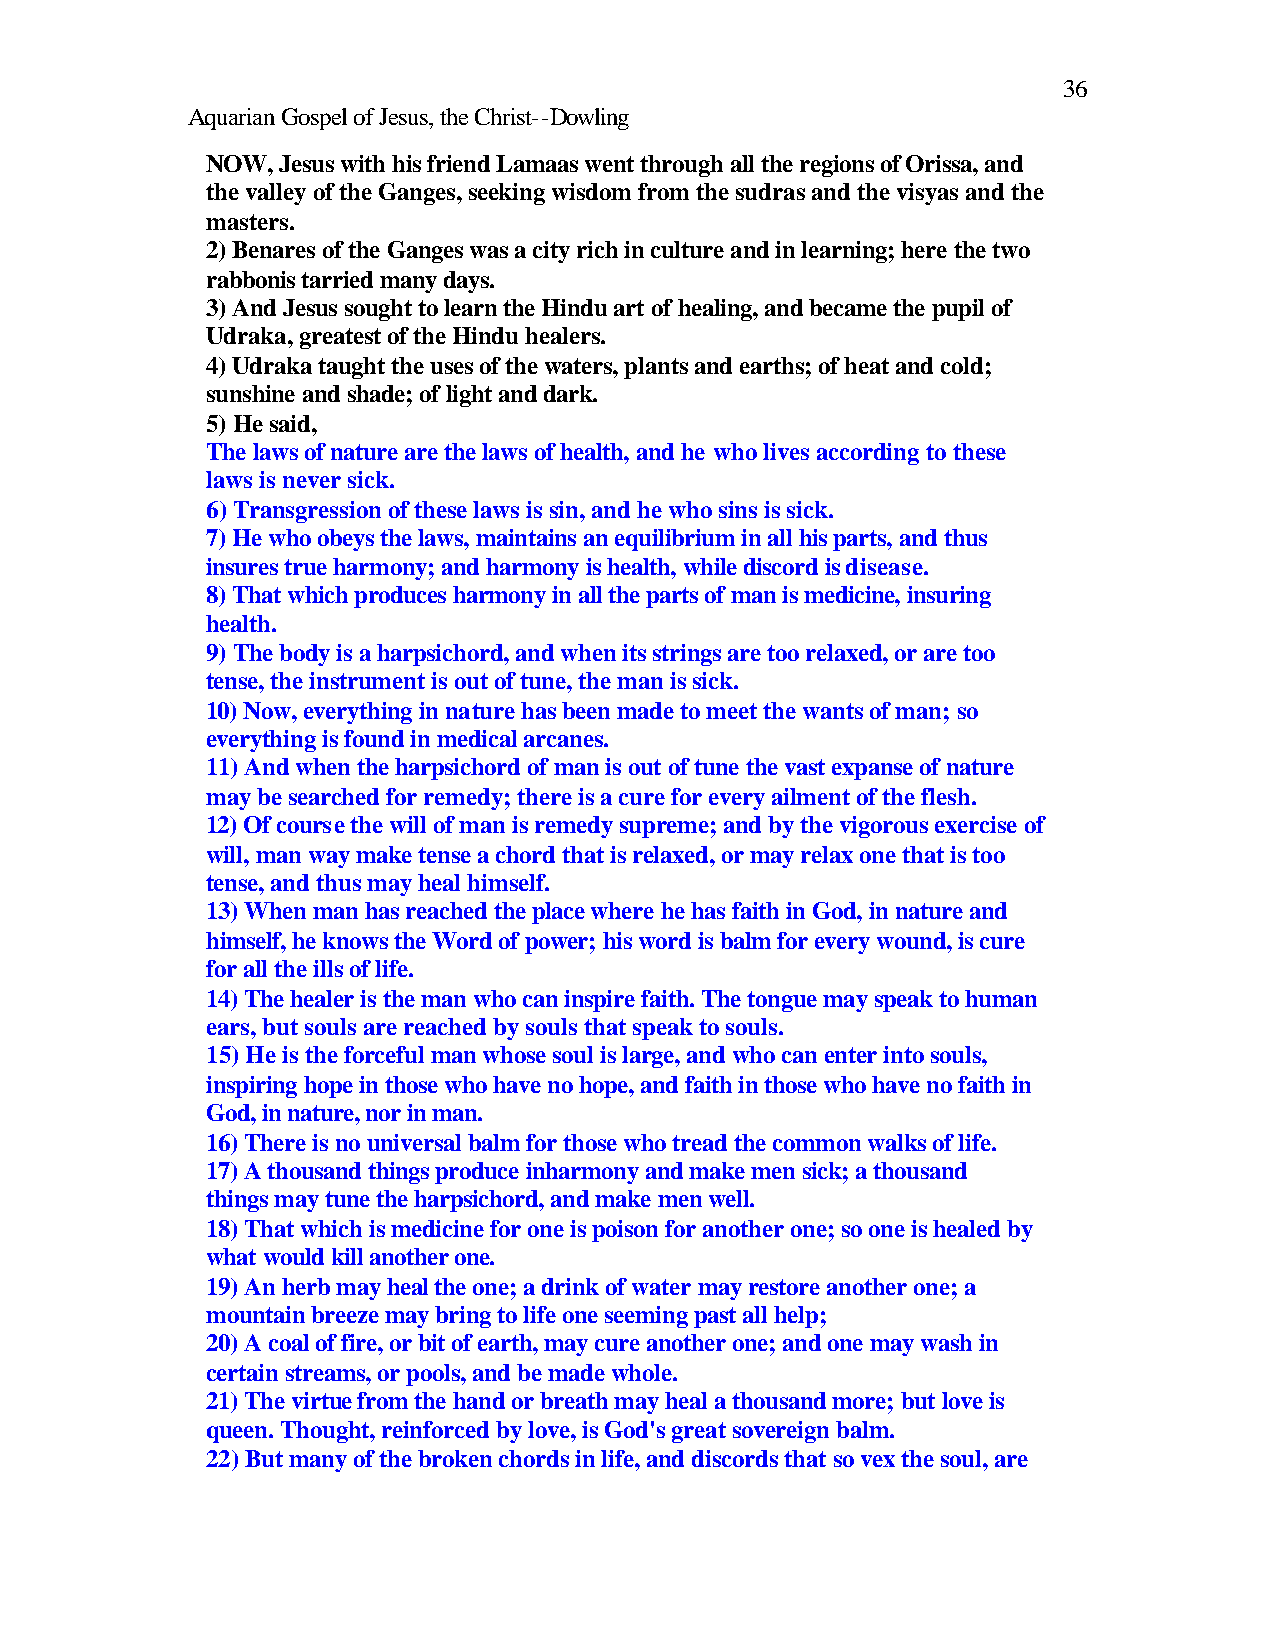
36
 Aquarian Gospel of Jesus, the Christ--Dowling
 NOW, Jesus with his friend Lamaas went through all the regions of Orissa, and
 the valley of the Ganges, seeking wisdom from the sudras and the visyas and the
 masters.
 2) Benares of the Ganges was a city rich in culture and in learning; here the two
 rabbonis tarried many days.
 3) And Jesus sought to learn the Hindu art of healing, and became the pupil of
 Udraka, greatest of the Hindu healers.
 4) Udraka taught the uses of the waters, plants and earths; of heat and cold;
 sunshine and shade; of light and dark.
 5) He said,
 The laws of nature are the laws of health, and he who lives according to these
 laws is never sick.
 6) Transgression of these laws is sin, and he who sins is sick.
 7) He who obeys the laws, maintains an equilibrium in all his parts, and thus
 insures true harmony; and harmony is health, while discord is disease.
 8) That which produces harmony in all the parts of man is medicine, insuring
 health.
 9) The body is a harpsichord, and when its strings are too relaxed, or are too
 tense, the instrument is out of tune, the man is sick.
 10) Now, everything in nature has been made to meet the wants of man; so
 everything is found in medical arcanes.
 11) And when the harpsichord of man is out of tune the vast expanse of nature
 may be searched for remedy; there is a cure for every ailment of the flesh.
 12) Of course the will of man is remedy supreme; and by the vigorous exercise of
 will, man way make tense a chord that is relaxed, or may relax one that is too
 tense, and thus may heal himself.
 13) When man has reached the place where he has faith in God, in nature and
 himself, he knows the Word of power; his word is balm for every wound, is cure
 for all the ills of life.
 14) The healer is the man who can inspire faith. The tongue may speak to human
 ears, but souls are reached by souls that speak to souls.
 15) He is the forceful man whose soul is large, and who can enter into souls,
 inspiring hope in those who have no hope, and faith in those who have no faith in
 God, in nature, nor in man.
 16) There is no universal balm for those who tread the common walks of life.
 17) A thousand things produce inharmony and make men sick; a thousand
 things may tune the harpsichord, and make men well.
 18) That which is medicine for one is poison for another one; so one is healed by
 what would kill another one.
 19) An herb may heal the one; a drink of water may restore another one; a
 mountain breeze may bring to life one seeming past all help;
 20) A coal of fire, or bit of earth, may cure another one; and one may wash in
 certain streams, or pools, and be made whole.
 21) The virtue from the hand or breath may heal a thousand more; but love is
 queen. Thought, reinforced by love, is God's great sovereign balm.
 22) But many of the broken chords in life, and discords that so vex the soul, are